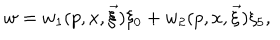
w = w _ { 1 } ( p , x , \vec { \xi } ) \xi _ { 0 } + w _ { 2 } ( p , x , \vec { \xi } ) \xi _ { 5 } ,